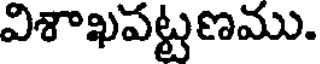
విశాఖవట్టణము.